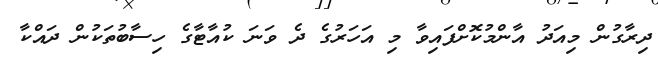
ދިރާގުން މިއަދު އާންމުކޮށްފައިވާ މި އަހަރުގެ ދެ ވަނަ ކުއާޓާގެ ހިސާބުތަކުން ދައްކާ